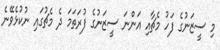
މި ސީޒަނުގެ ފަހު މެޗާއި އަންނަ ސީޒަނުގެ ފުރަތަމަ ދެ މެޗުގައި ނުކުޅެވޭނެ